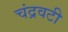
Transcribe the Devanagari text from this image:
चंद्रवटी